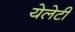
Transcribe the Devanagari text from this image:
येलेटी